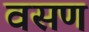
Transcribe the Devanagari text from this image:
वसण